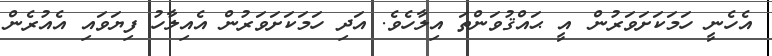
އެހެނީ ހަމަކަށަވަރުން  އީ ޙައްޤުވަންތަ އިލާހެވެ. އަދި ހަމަކަށަވަރުން އެއިލާހު ފިޔަވައި އެއުރެން